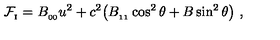
{ \cal F } _ { _ \mathrm { I } } = B _ { _ { 0 0 } } u ^ { 2 } + c ^ { 2 } \big ( B _ { _ { 1 1 } } \cos ^ { 2 } \theta + B \sin ^ { 2 } \theta \big ) \ ,